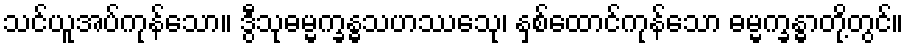
သင်ယူအပ်ကုန်သော။ ဒွီသုဓမ္မက္ခန္ဓသဟဿေသု၊ နှစ်ထောင်ကုန်သော ဓမ္မက္ခန္ဓာတို့တွင်။